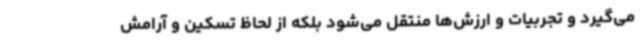
می‌گیرد و تجربیات و ارزش‌ها منتقل می‌شود بلکه از لحاظ تسکین و آرامش